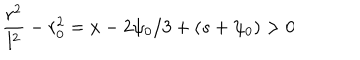
LaTeX: \frac { r ^ { 2 } } { l ^ { 2 } } - r _ { 0 } ^ { 2 } = x - 2 \psi _ { 0 } / 3 + ( s + \psi _ { 0 } ) > 0